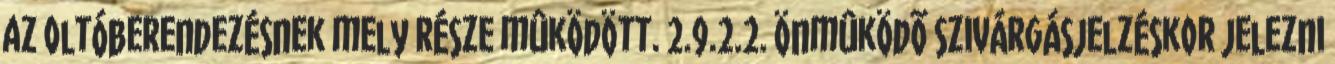
az oltóberendezésnek mely része mûködött. 2.9.2.2. Önmûködõ szivárgásjelzéskor jelezni